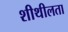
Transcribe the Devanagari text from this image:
शीथीलता